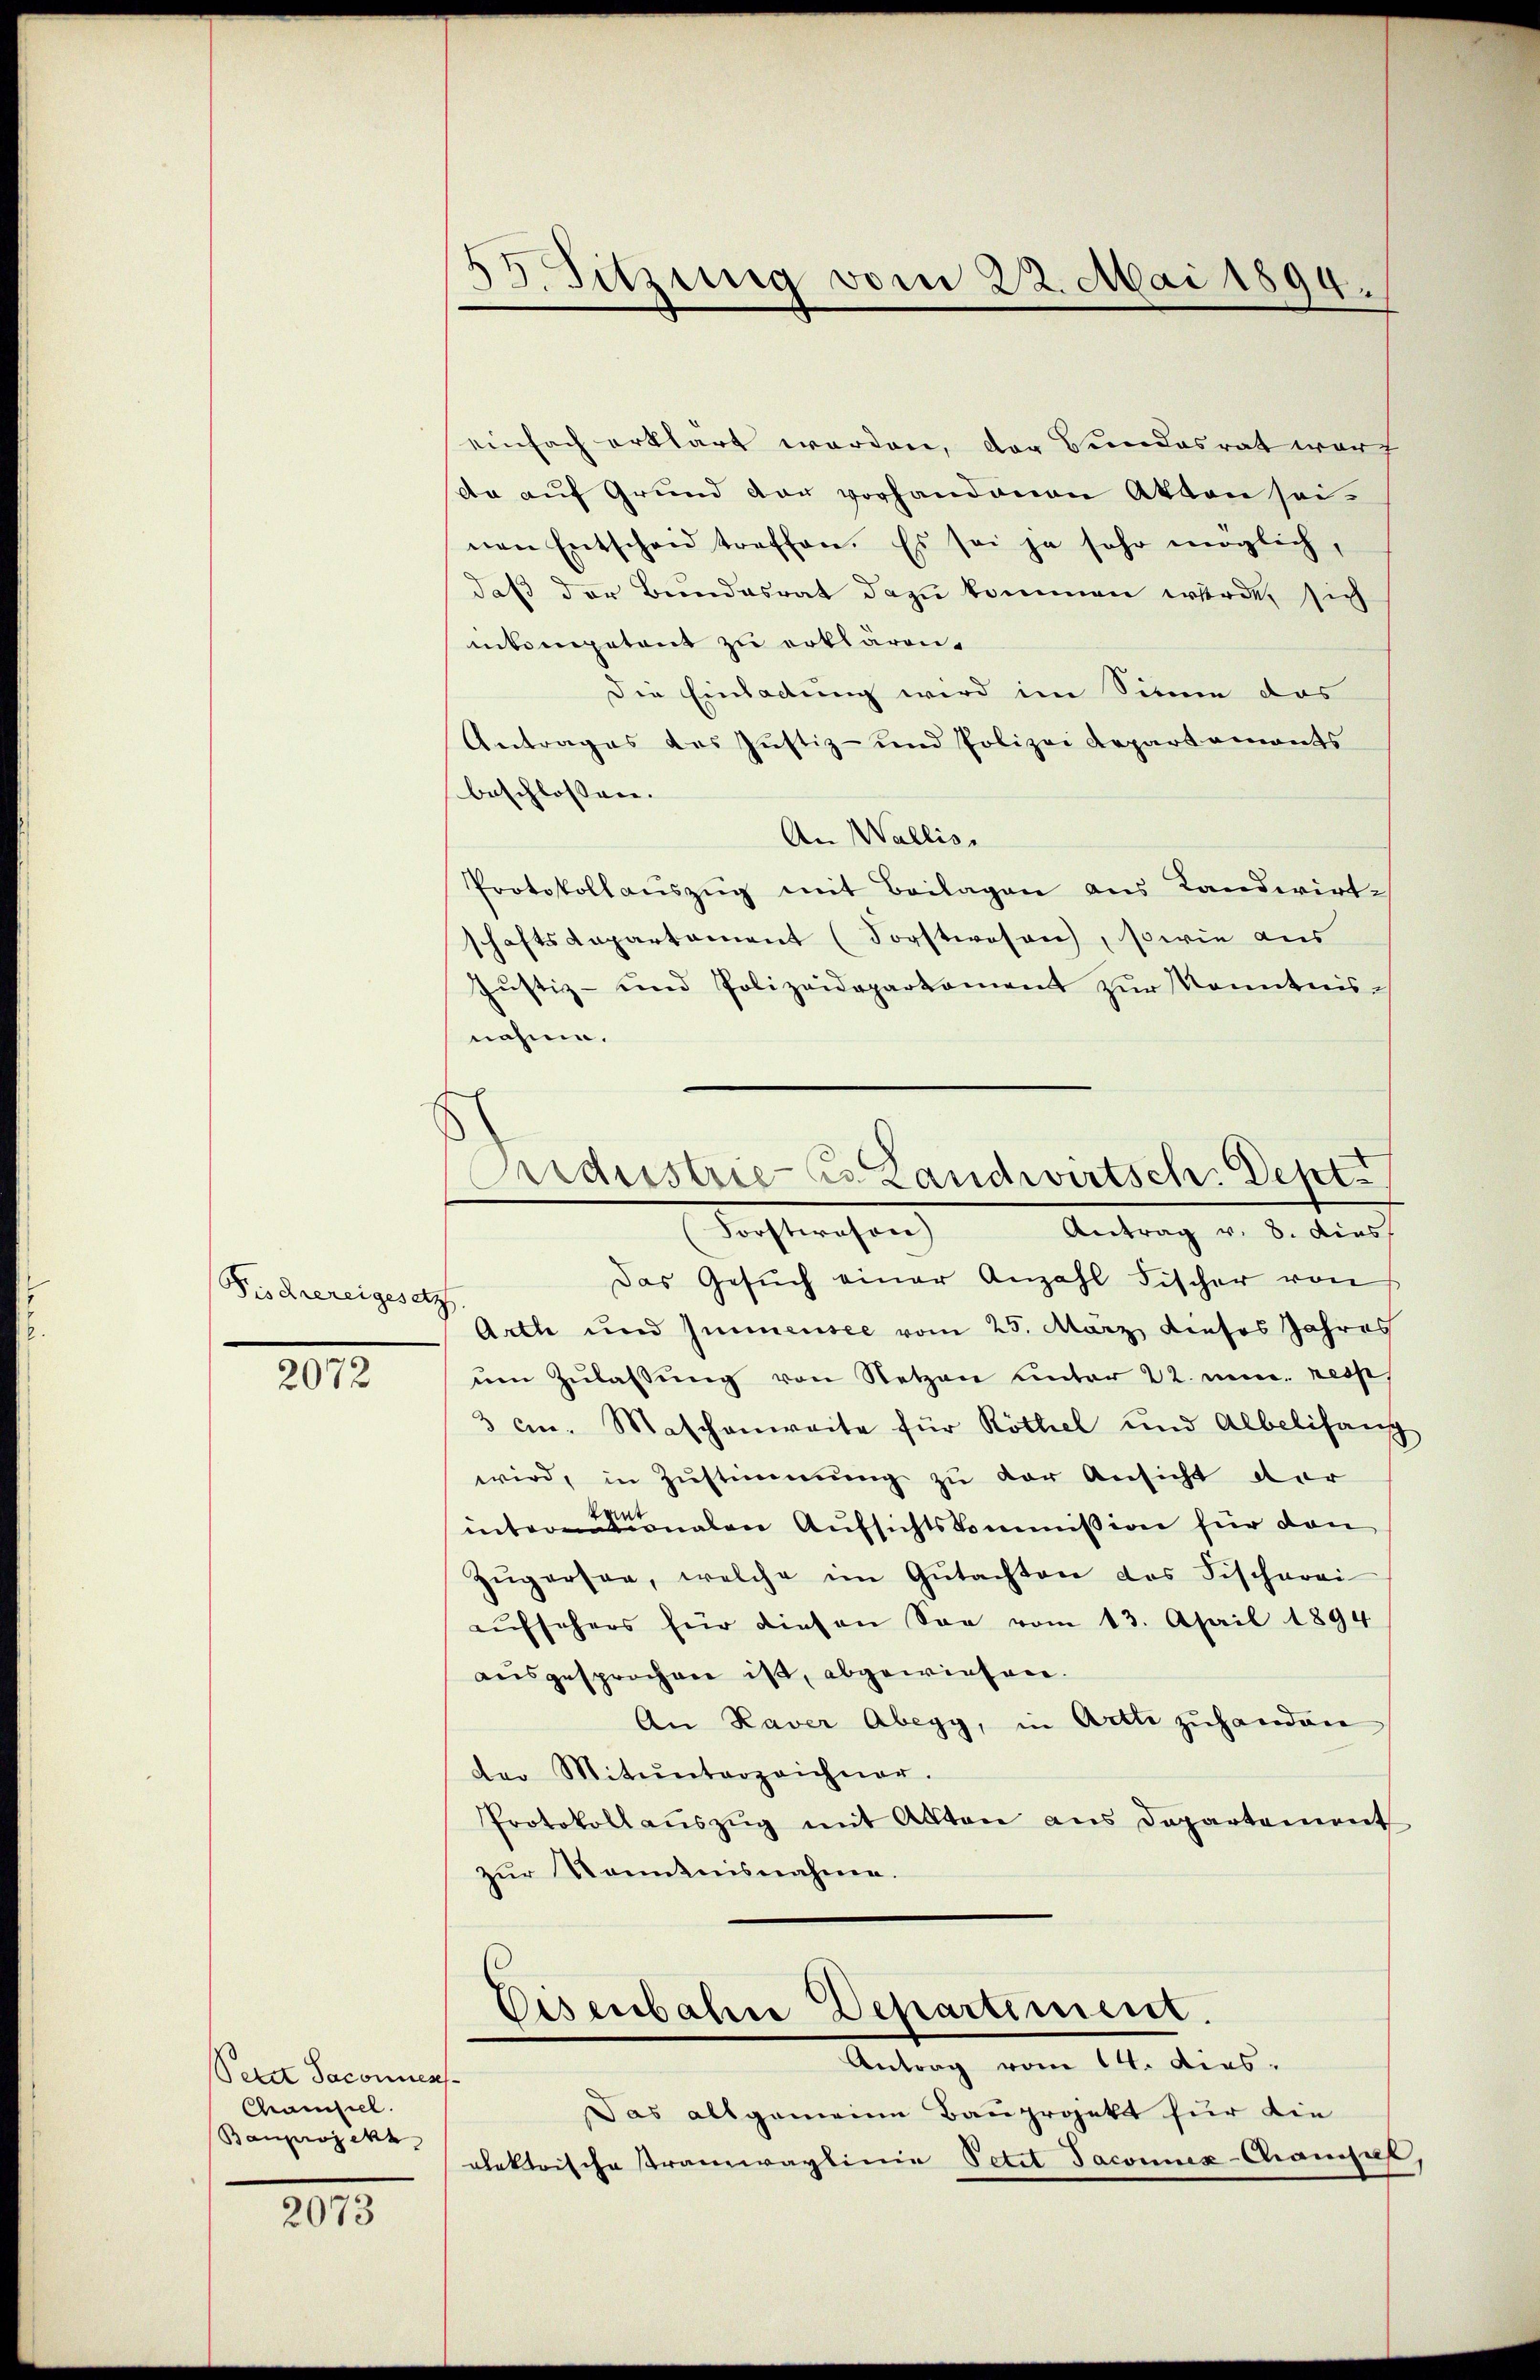
Fischereigesetz

2072

Petit Jaconuens-
Chamseel.
Bauprojekt

2073

53. Sitzung vom 22. Mai 1894.

Orndustrie- u. Landwirtsch. Dept
Aostwahren
Antrag v. 8. dies
Das Gesŭch einer Anzahl Fischer von

einfach erklärt werden, der Bundesrat war
dn auf Grund der vorhandenen Akten sei.
nen Entscheid treffen. Es sei ja sehr möglich,
daß der Bundesrat dazu kommen werde, sich
inkompetent zu erklären.
Die Einladung wird im Sinne das
Antrages des Justiz- und Polizei Repartaments
beschlossen. |
An Wallis.
Protokollaŭszŭg mit Beilagen aus Landwirt-
schaftsaepartament (Forstwesen, sowie aus
Justiz- und Polizeidepartament zŭr Kenntnis-
nahme.
Arth und Immensee vom 25. März dieses Jahres
ŭm Zŭlassŭng von Netzen unter 22. mir. respe
3 an. Maschenweite für Röthel und Albelifang
wird, in Zustimmung zu der Ansicht der
internalen Aufsichtskommission für den
Zügersee, welche im Gŭtachten des Fischerei
aufsehers für diesen Son vom 13. April 1894
ausgesprochen ist, abgewiesen.
An Raver Abegg, in Art zuhanden
der Mitunterzeichner.
Protokoll aŭszŭg mit Akten aus Departement
zur Kenntnisnahme.
Eisenbahre Departiment.
Antrag vom 14. dies
Das allgemeine Bauprojekt für die
alektrische Stramwaylinie Petit Jaconuix-Champel